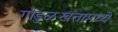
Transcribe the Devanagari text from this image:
गांडुळखतामध्ये